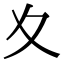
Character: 夊